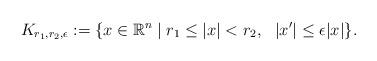
LaTeX: \begin{align*}K_{r_1, r_2, \epsilon}:=\{x\in\mathbb{R}^n\mid r_1\le |x|< r_2,\ \ |x'|\le \epsilon |x|\}. \end{align*}